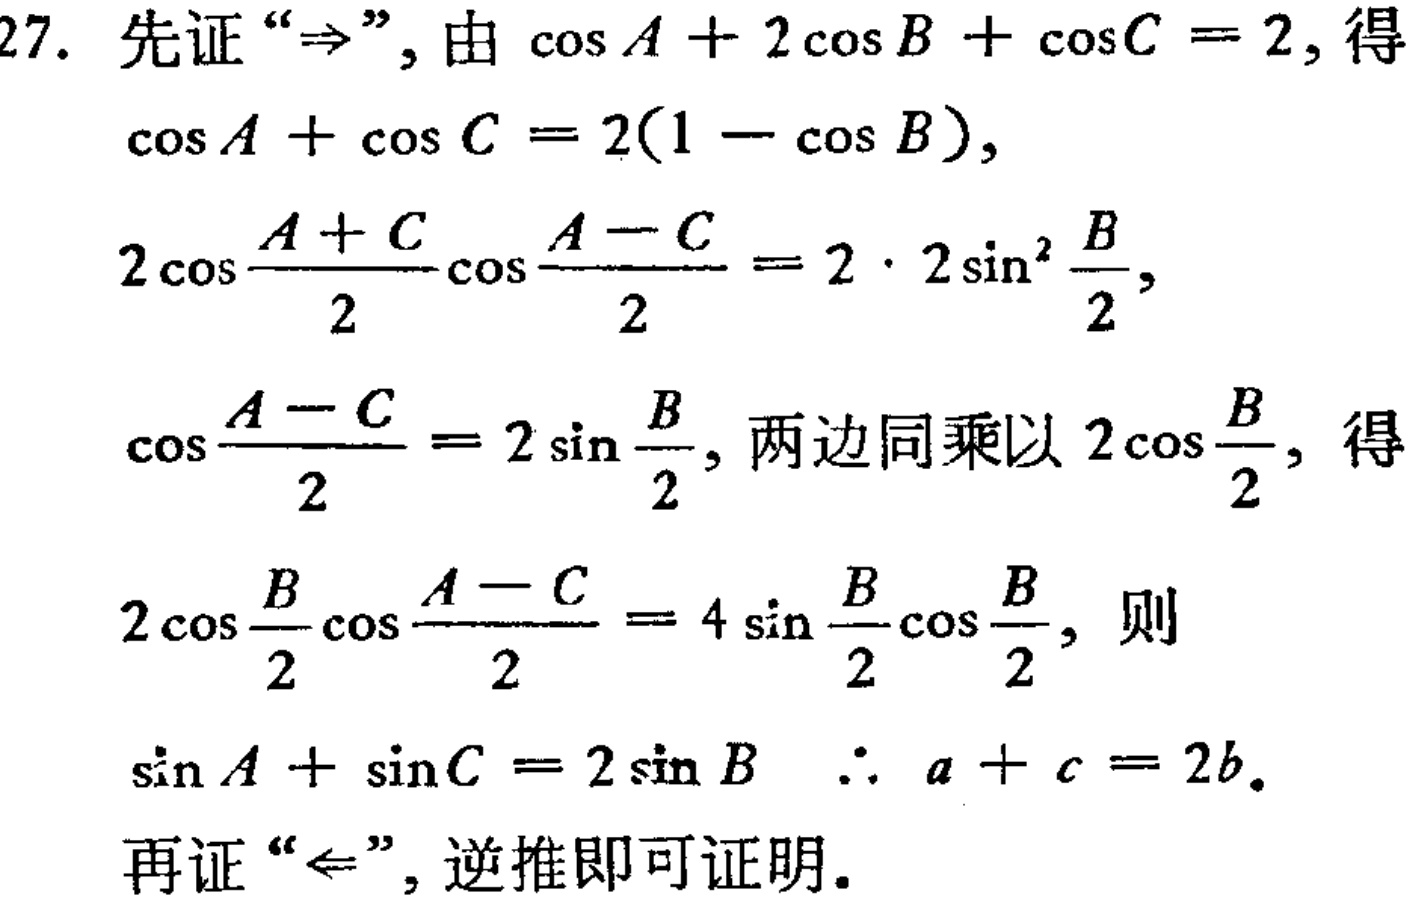
27. 先证“$\Rightarrow$”，由$\cos A + 2\cos B+\cos C = 2$，得
$\cos A+\cos C = 2(1 - \cos B)$，
$2\cos\frac{A + C}{2}\cos\frac{A - C}{2}=2\cdot2\sin^{2}\frac{B}{2}$，
$\cos\frac{A - C}{2}=2\sin\frac{B}{2}$，两边同乘以$2\cos\frac{B}{2}$，得
$2\cos\frac{B}{2}\cos\frac{A - C}{2}=4\sin\frac{B}{2}\cos\frac{B}{2}$，则
$\sin A+\sin C = 2\sin B\ \ \therefore a + c = 2b$。
再证“$\Leftarrow$”，逆推即可证明。